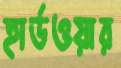
হার্ডওয়ার